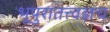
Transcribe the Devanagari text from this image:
भूपुरातत्त्वज्ञच